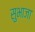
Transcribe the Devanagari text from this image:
सुभाजा